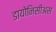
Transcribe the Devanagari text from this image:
डायोनिसीअस